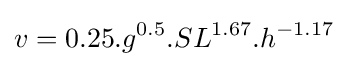
{v}=0.25.{g^{0.5}}.{SL^{1.67}}.{h^{-1.17}}